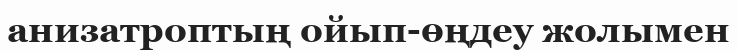
анизатроптың ойып-өңдеу жолымен